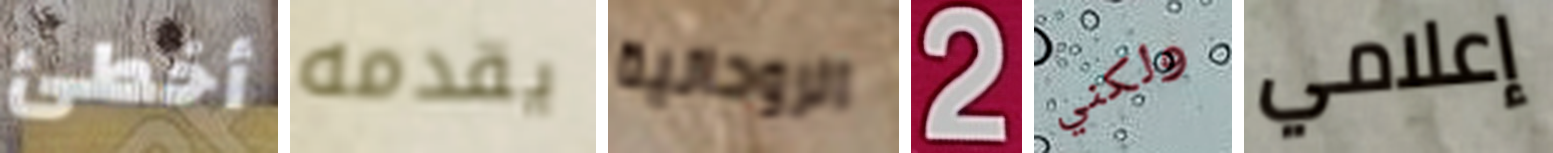
أخطئ يقدمه الروحانية 2 ولكني إعلامي